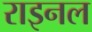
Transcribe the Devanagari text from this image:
राइनल